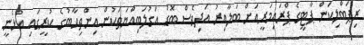
ރިޕަބްލިކަން ޕާޓީގެ ޕްރައިމަރީއަށް ބަލާއިރު އަދިވެސް ބޮޑު އަގުލަބިއްޔަތަކުން އިންތިހާބުގެ ކުރީގައި އުޅެނީ